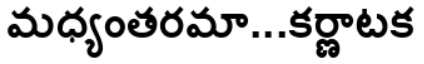
మధ్యంతరమా...కర్ణాటక